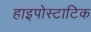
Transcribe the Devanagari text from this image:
हाइपोस्टाटिक